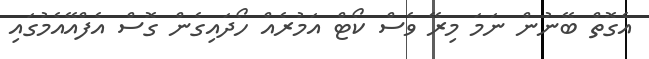
އެގޮތް ބޭނުން ނަމަ މިރޭ ވެސް ކޯޓް އަމުރެއް ހޯދައިގެން ގޮސް އެފްއޭއެމުގައި